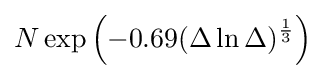
N\exp \left(-0.69(\Delta \ln \Delta )^{\frac {1}{3}}\right)